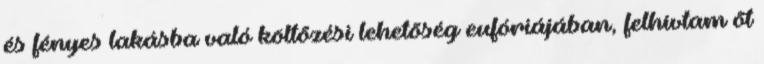
és fényes lakásba való költõzési lehetõség eufóriájában, felhívtam õt